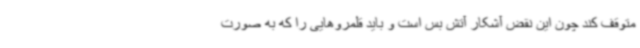
متوقف کند چون این نقض آشکار آتش بس است و باید قلمروهایی را که به صورت